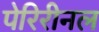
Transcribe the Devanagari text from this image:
पेरिरीनल